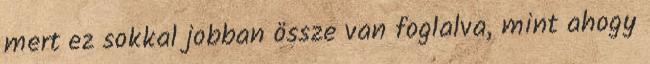
mert ez sokkal jobban össze van foglalva, mint ahogy